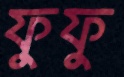
ফুফু